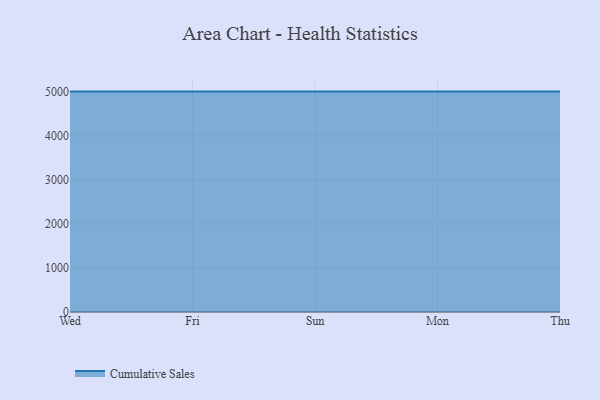
{"axis": {"x": "Day", "y": "Backlog"}, "legend": ["Cumulative Sales"], "data": [{"x": "Wed", "y": 5000, "type": "Cumulative Sales"}, {"x": "Fri", "y": 5000, "type": "Cumulative Sales"}, {"x": "Sun", "y": 5000, "type": "Cumulative Sales"}, {"x": "Mon", "y": 5000, "type": "Cumulative Sales"}, {"x": "Thu", "y": 5000, "type": "Cumulative Sales"}]}